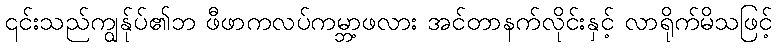
၎င်းသည်ကျွန်ုပ်၏ဘ ဖီဖာကလပ်ကမ္ဘာ့ဖလား အင်တာနက်လိုင်းနှင့် လာရိုက်မိသဖြင့်